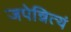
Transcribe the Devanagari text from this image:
जपेन्नित्यं